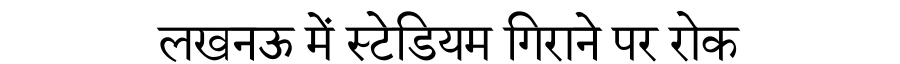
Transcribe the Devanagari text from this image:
लखनऊ में स्टेडियम गिराने पर रोक